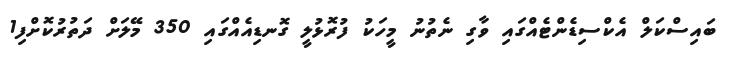
ބައިސްކަލް އެކްސިޑެންޓެއްގައި ވާގި ނެތުނު މީހަކު ފުރޮޅުލީ ގޮނޑިއެއްގައި 350 މޭލަށް ދަތުރުކޮށްފި1